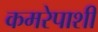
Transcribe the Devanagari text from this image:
कमरेपाशी